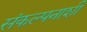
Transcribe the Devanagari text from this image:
संकल्पनाशी